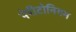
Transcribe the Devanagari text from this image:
पेरीटोनियम